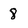
Character: 8